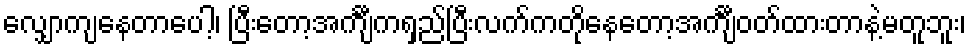
လျှောကျနေတာပေါ့၊ ပြီးတော့အင်္ကျီကရှည်ပြီးလက်ကတိုနေတော့အင်္ကျီဝတ်ထားတာနဲ့မတူဘူး၊